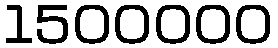
1500000